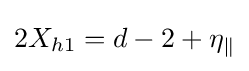
2X_{h1}=d-2+\eta _{\parallel }